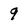
Character: 9